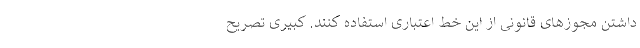
داشتن مجوز‌های قانونی از این خط اعتباری استفاده کنند. کبیری تصریح